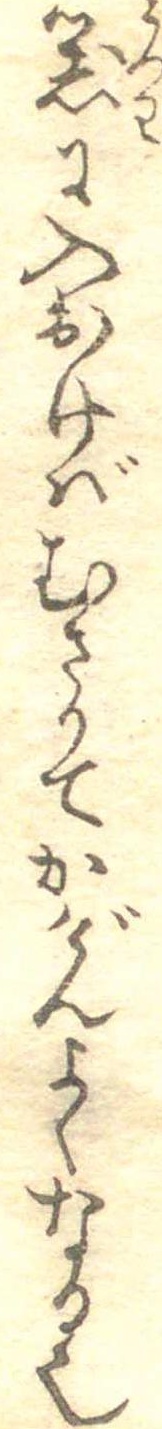
器に入おけばむさりてかげんよくなる也